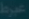
dayak